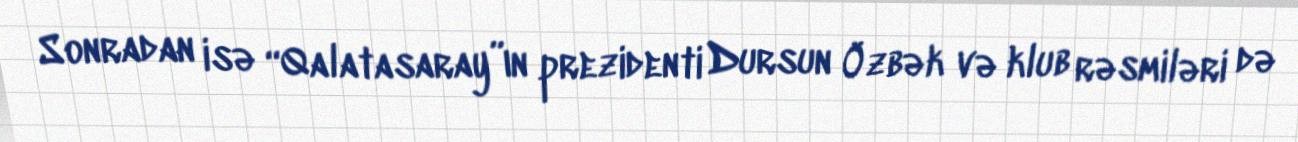
Sonradan isə “Qalatasaray”ın prezidenti Dursun Özbək və klub rəsmiləri də